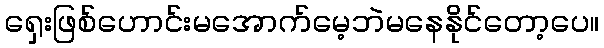
ရှေးဖြစ်ဟောင်းမအောက်မေ့ဘဲမနေနိုင်တော့ပေ။